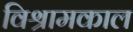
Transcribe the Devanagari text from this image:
विश्रामकाल